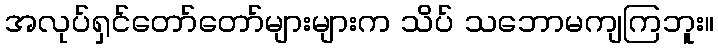
အလုပ်ရှင်တော်တော်များများက သိပ် သဘောမကျကြဘူး။